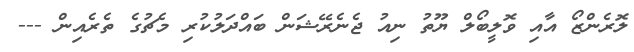
ލޮރެންޒޯ އާއި ވޮލީބޯލް ޔޫތު ނިއު ޖެނެރޭޝަން ބައްދަލުކުރި މެޗުގެ ތެރެއިން ---